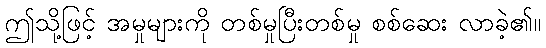
ဤသို့ဖြင့် အမှုများကို တစ်မှုပြီးတစ်မှု စစ်ဆေး လာခဲ့၏။